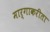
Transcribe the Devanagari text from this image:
मार्गाकरीता